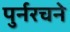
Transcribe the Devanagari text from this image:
पुर्नरचने